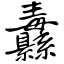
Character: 纛